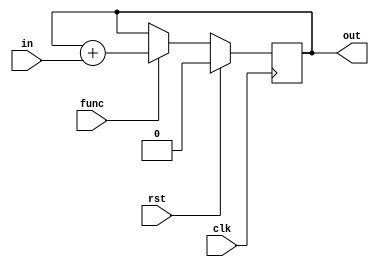
// func = 0: null operation
// func = 1: start accumulation operation, lasts for one cycle
module accumulate(clk, rst, func, in, out);
  input clk;
  input rst;
  input func;
  input in;
  output reg out;

  wire out_next;
  assign out_next = func ? out + in : out;

  always @(posedge clk) begin
    if(rst) begin
      out <= 0;
    end
    else begin
      out <= out_next;
    end
  end
endmodule